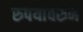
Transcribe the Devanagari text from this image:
रुपयांवरुन